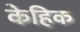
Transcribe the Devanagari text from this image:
केहिक